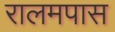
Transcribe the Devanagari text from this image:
रालमपास